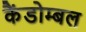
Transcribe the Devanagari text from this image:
कैंडोम्बल